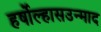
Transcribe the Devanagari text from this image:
हर्षोल्हासउन्माद